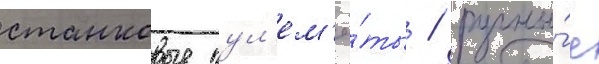
станковые пул'ем'ё́ты / ручны́е